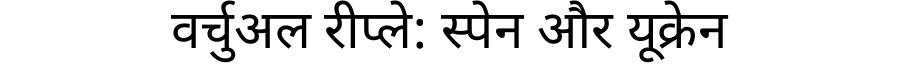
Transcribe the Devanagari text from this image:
वर्चुअल रीप्ले: स्पेन और यूक्रेन